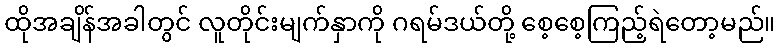
ထိုအချိန်အခါတွင် လူတိုင်းမျက်နှာကို ဂရမ်ဒယ်တို့ စေ့စေ့ကြည့်ရဲတော့မည်။